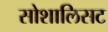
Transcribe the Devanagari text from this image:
सोशालिसट